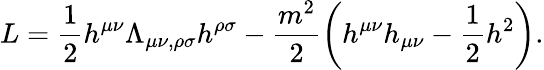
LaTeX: L=\frac{1}{2}h^{\mu\nu}\Lambda_{\mu\nu,\rho\sigma}h^{\rho\sigma}-\frac{m^{2}}{2}\left(h^{\mu\nu}h_{\mu\nu}-\frac{1}{2}h^{2}\right).